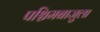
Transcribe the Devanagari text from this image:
पश्चिमबाजुला